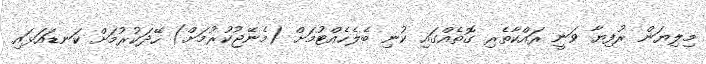
މިލިޔަން ރުފިޔާ ވަނީ ރައްކާތެރި ގޮތެއްގައި ކުނި ބެލެހެއްޓުމަށް (މެނޭޖުކުރުމަށް) ހޭދަކުރުމަށް ކަނޑައަޅައި